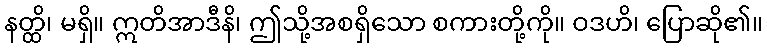
နတ္ထိ၊ မရှိ။ ဣတိအာဒီနိ၊ ဤသို့အစရှိသော စကားတို့ကို။ ဝဒဟိ၊ ပြောဆို၏။